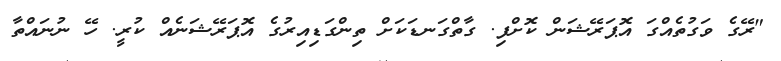
"ރޭގެ ވަގުތެއްގަ އޮޕަރޭޝަން ކޮށްފި. ގާތްގަނޑަކަށް ތިންގަޑިއިރުގެ އޮޕަރޭޝަނެއް ކުރީ. ހޭ ނުނައްތާ